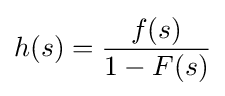
h(s)={\frac {f(s)}{1-F(s)}}